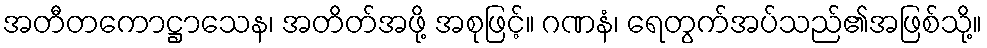
အတီတကောဋ္ဌာသေန၊ အတိတ်အဖို့ အစုဖြင့်။ ဂဏနံ၊ ရေတွက်အပ်သည်၏အဖြစ်သို့။